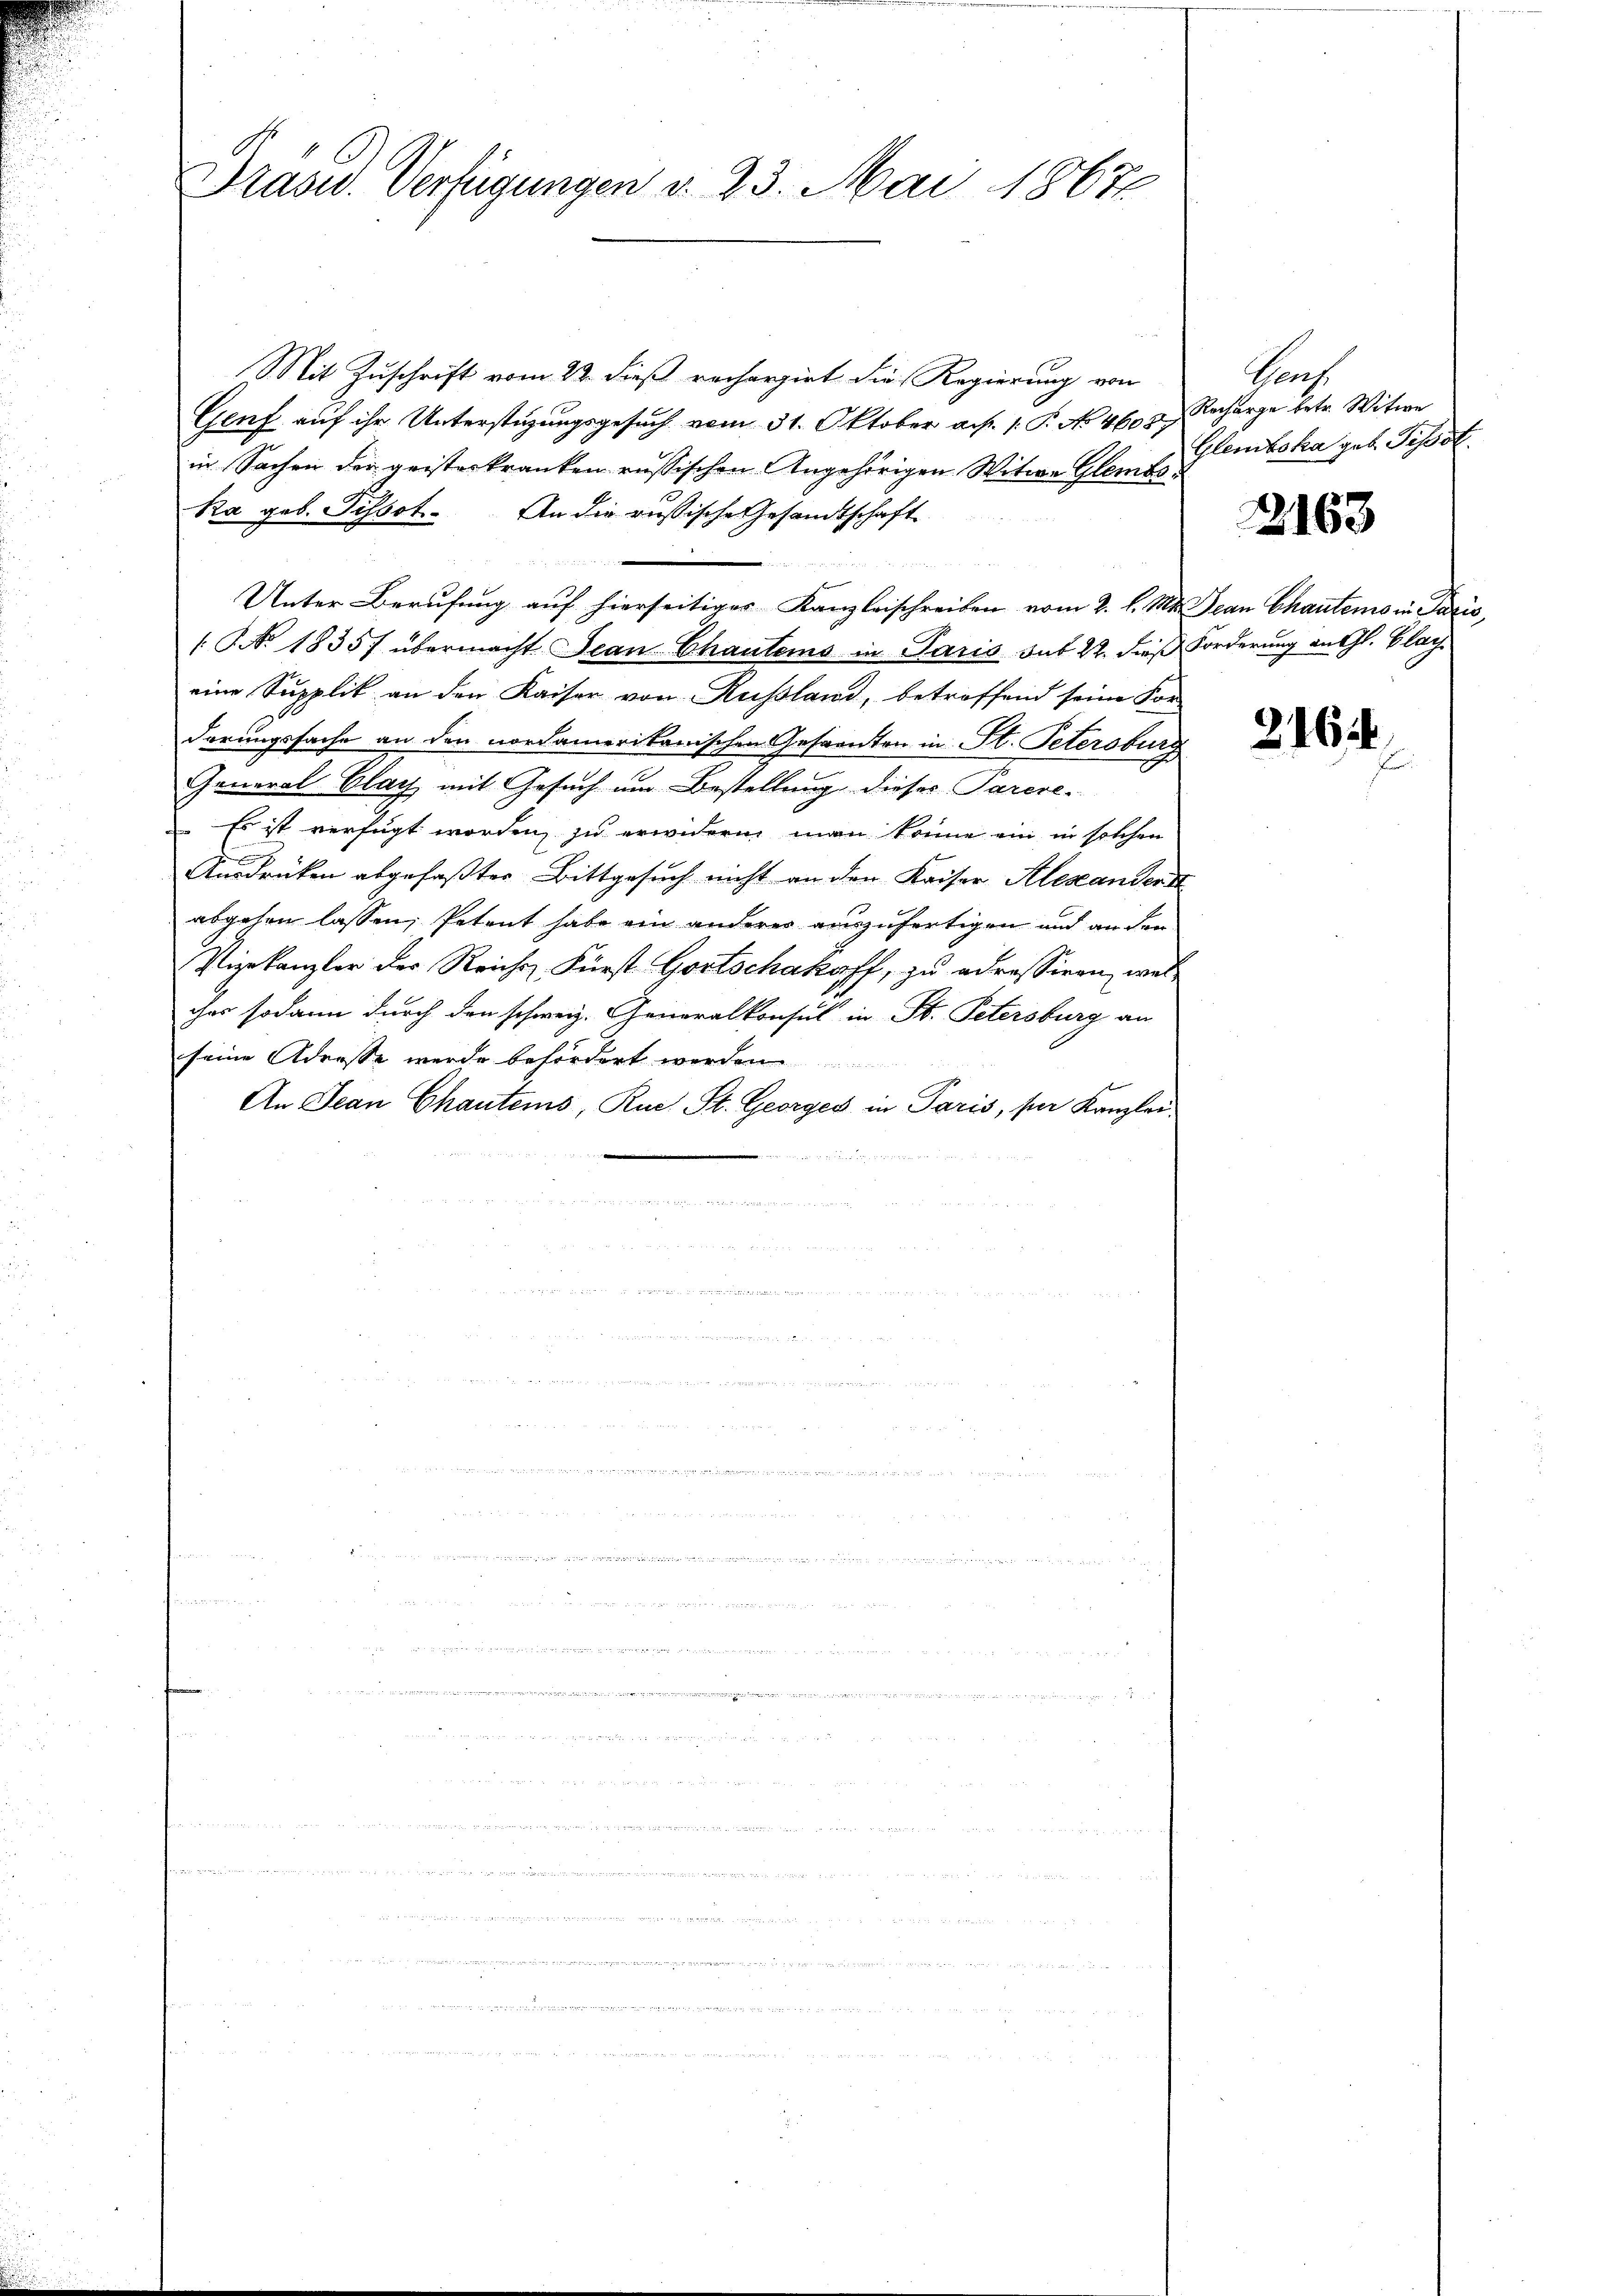
Prasid. Verfügungen v. 23. Mai 1867

Mit Zuschrift vom 22. dieß rechargirt die Regierung von
Genf auf ihr Unterstüzungsgesuch vom 31. Oktober a.h. 1. P. No 460 u. Recharge betr. Witwe
in Sachen der geisterkranken russischen Angehörigen Witwe Glembs
Ra geb. Tissot. An die russische Gesandtschaft
ile der Elter 1919.
f
Unter Berufung auf hierseitiger Kanzleischreiben vom 2. l. Mts. Jean Chautems in Paris,
 No. 1835/ übermacht. Jean Chautems in Paris sub 22. dies Forderung an Gl. Glarus
eine Supplik an den Kaiser von Russland, betreffend seine For
derungssache an den nordamerikanischen Gespanten in St. Petersburg
General Clag mit Gesuch um Bestellung dieses Parere-
Es ist verfügt worden, zu erwidern man könne ein in solchen
E
Ausdrüken abgefaßter Bittgesuch nicht an den Kaiser Alexanderst
abgehen lassen, Petent habe ein anderer einzufertigen und an den
Vizekanzler der Reichs Fürst Gortschakaff, zu adressiren, welcher sodann durch den schweiz. Generalkonsul in St. Petersburg an
seine Adresse werde befördert wer
An Jean Chautems, Rue St. Georges in Paris, per Kanzlei

   der

n

Prach
Glenboka geb. Pissot.

2163

2162